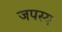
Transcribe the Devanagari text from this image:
जपस्य